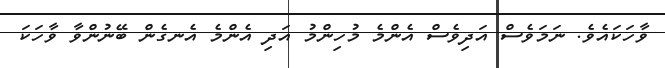
ވާހަކައެވެ. ނަމަވެސް އަދިވެސް އެންމެ މުހިންމު އަދި އެންމެ އެނގެން ބޭނުންވާ ވާހަކަ